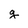
Character: g